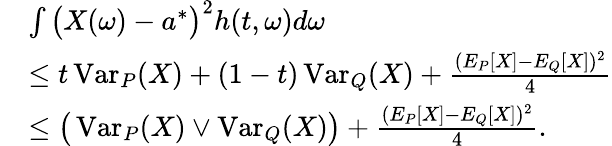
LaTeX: \begin{array}{rl}&{\int\big(X(\omega)-a^{*}\big)^{2}h(t,\omega)d\omega}\\ &{\leq t\operatorname{Var}_{P}(X)+(1-t)\operatorname{Var}_{Q}(X)+\frac{(E_{P}[X]-E_{Q}[X])^{2}}4}\\ &{\leq\big(\operatorname{Var}_{P}(X)\vee\operatorname{Var}_{Q}(X)\big)+\frac{(E_{P}[X]-E_{Q}[X])^{2}}4.}\end{array}